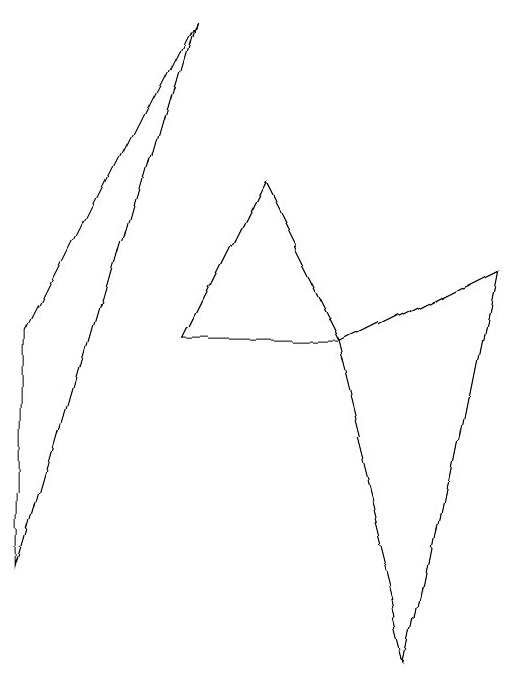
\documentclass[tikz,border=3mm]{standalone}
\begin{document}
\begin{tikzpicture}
\draw (8,0) -- (7,4) -- (9,5) -- cycle;
\draw (6,6) -- (5,4) -- (7,4) -- cycle;
\draw (5,8) -- (3,4) -- (3,1) -- cycle;
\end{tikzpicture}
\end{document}